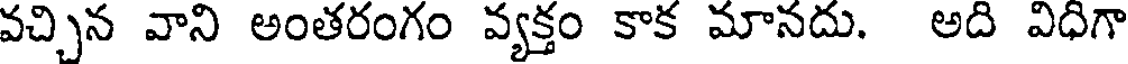
వచ్చిన వాని అంతరంగం వ్యక్తం కాక మానదు. అది విధిగా